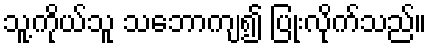
သူ့ကိုယ်သူ သဘောကျ၍ ပြုံးလိုက်သည်။